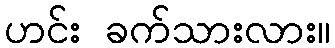
ဟင်း ခက်သားလား။